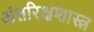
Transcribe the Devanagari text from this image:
अंतरिक्षशास्त्र